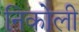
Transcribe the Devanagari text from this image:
निकोली